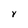
Character: y